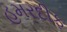
હમરદીફ